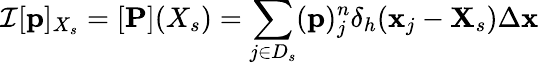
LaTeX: \mathcal{I}[\mathbf{p}]_{X_{s}}=[\mathbf{P}](X_{s})=\sum_{j\in D_{s}}(\mathbf{p})_{j}^{n}\delta_{h}(\mathbf{x}_{j}-\mathbf{X}_{s})\Delta\mathbf{x}